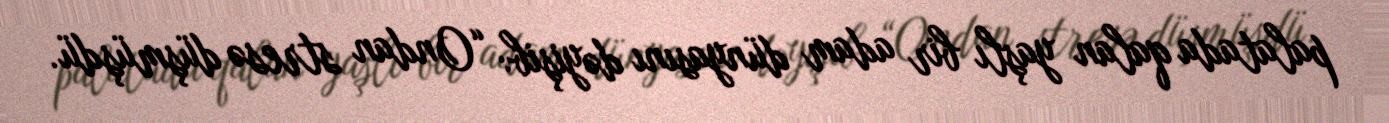
palatada qalan yaşlı bir adam dünyasını dəyişib: “Ondan stresə düşmüşdü.